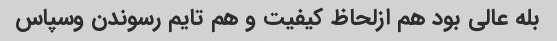
بله عالی بود هم ازلحاظ کیفیت و هم تایم رسوندن وسپاس